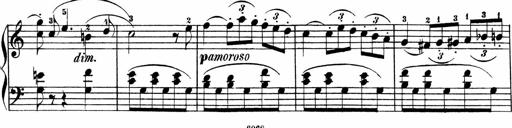
Title: 3 Sonatinen
Composer: Heinrich Lichner